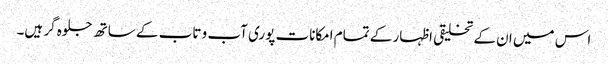
اس میں ان کے تخلیقی اظہار کے تمام امکانات پوری آب و تاب کے ساتھ جلوہ گر ہیں۔